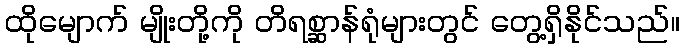
ထိုမျောက် မျိုးတို့ကို တိရစ္ဆာန်ရုံများတွင် တွေ့ရှိနိုင်သည်။